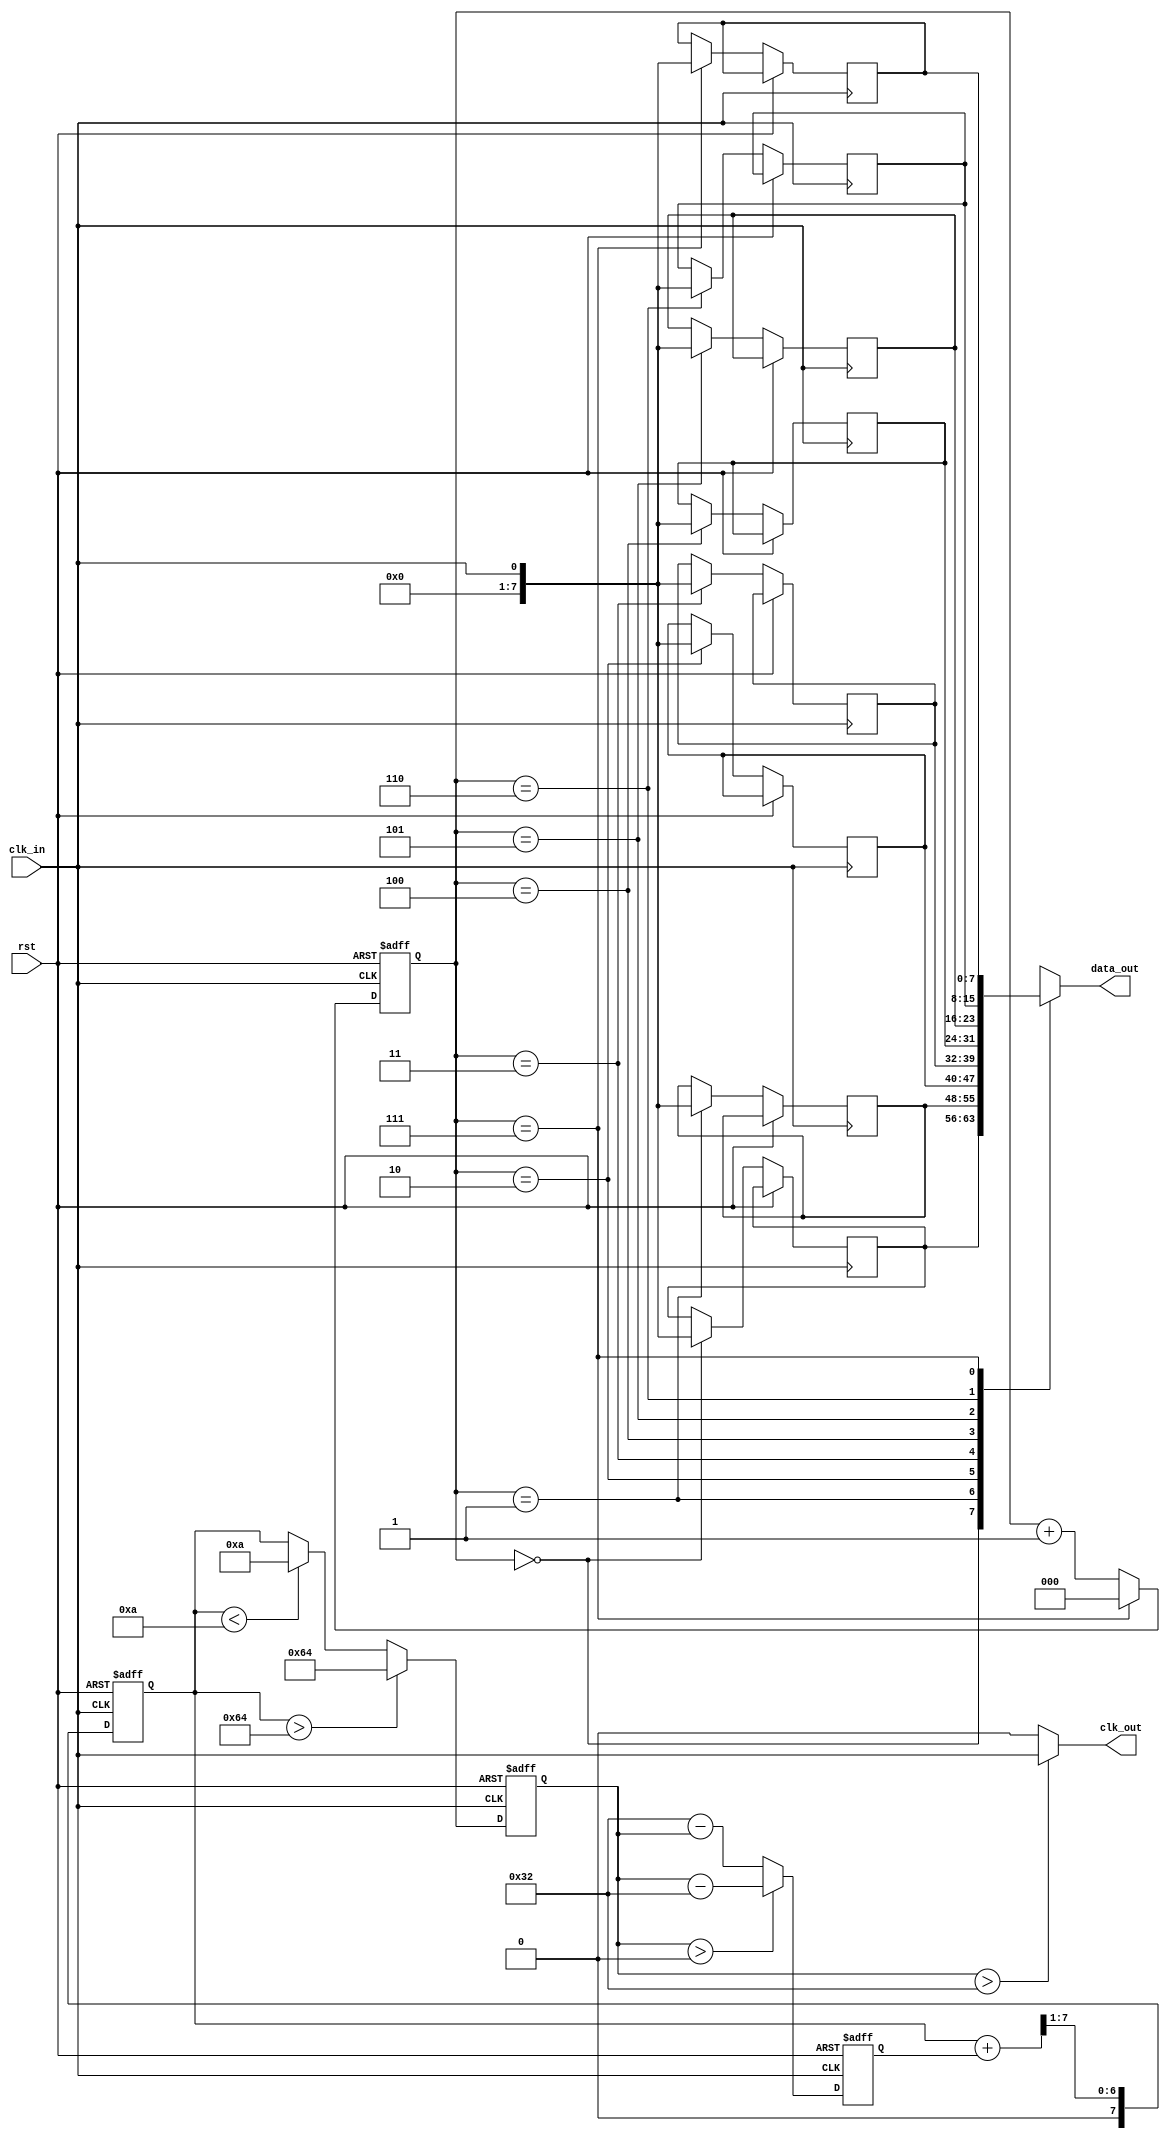
module clock_recovery_PLL (
    input wire clk_in,       // Incoming clock/data signal
    input wire rst,          // Reset signal
    output wire clk_out,     // Output clock signal
    output wire [7:0] data_out // Synchronized data output
);

// Parameters for PLL operation
parameter VCO_MAX_FREQ = 100; // Maximum frequency for VCO
parameter VCO_MIN_FREQ = 10;   // Minimum frequency for VCO
parameter LOOP_FILTER_BW = 5;  // Bandwidth of the loop filter

// Internal signals
reg [7:0] error_signal;         // Error signal from Phase Detector
reg [7:0] vco_output;           // Output from VCO
reg [7:0] loop_filter_output;   // Output from Loop Filter
reg [7:0] memory_block [0:7];   // Simple memory block to store data
reg [2:0] mem_ptr;              // Pointer for memory block

// Phase Detector Logic
always @(posedge clk_in or posedge rst) begin
    if (rst) begin
        error_signal <= 8'd0;
    end else begin
        // Simplified phase detection logic
        // Compare incoming clock with local clock (vco_output)
        if (clk_in) begin
            if (vco_output > 0) begin
                error_signal <= vco_output - 8'd50; // Example phase error
            end else begin
                error_signal <= 8'd50 - vco_output;
            end
        end
    end
end

// Loop Filter Logic
always @(posedge clk_in or posedge rst) begin
    if (rst) begin
        loop_filter_output <= 8'd0;
    end else begin
        // Simple low-pass filter implementation
        loop_filter_output <= (loop_filter_output + error_signal) >> 1; // Averaging
    end
end

// Voltage-Controlled Oscillator Logic
always @(posedge clk_in or posedge rst) begin
    if (rst) begin
        vco_output <= VCO_MIN_FREQ; // Start at minimum frequency
    end else begin
        // Control VCO frequency based on loop filter output
        if (loop_filter_output > VCO_MAX_FREQ) begin
            vco_output <= VCO_MAX_FREQ; // Cap at max frequency
        end else if (loop_filter_output < VCO_MIN_FREQ) begin
            vco_output <= VCO_MIN_FREQ; // Set to min frequency
        end else begin
            vco_output <= loop_filter_output; // Use filtered output
        end
    end
end

// Memory Block Logic
always @(posedge clk_in or posedge rst) begin
    if (rst) begin
        mem_ptr <= 3'd0; // Reset memory pointer
    end else begin
        // Capture incoming data
        memory_block[mem_ptr] <= {7'b0, clk_in}; // Store incoming data bit
        mem_ptr <= mem_ptr + 1; // Increment pointer
        if (mem_ptr == 3'd7) begin
            mem_ptr <= 3'd0; // Wrap around
        end
    end
end

// Output Clock Generation
assign clk_out = (vco_output > 8'd50) ? clk_in : 1'b0;

// Output Synchronized Data
assign data_out = memory_block[mem_ptr];

endmodule